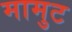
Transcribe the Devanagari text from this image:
मामुट